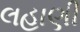
લહાણી